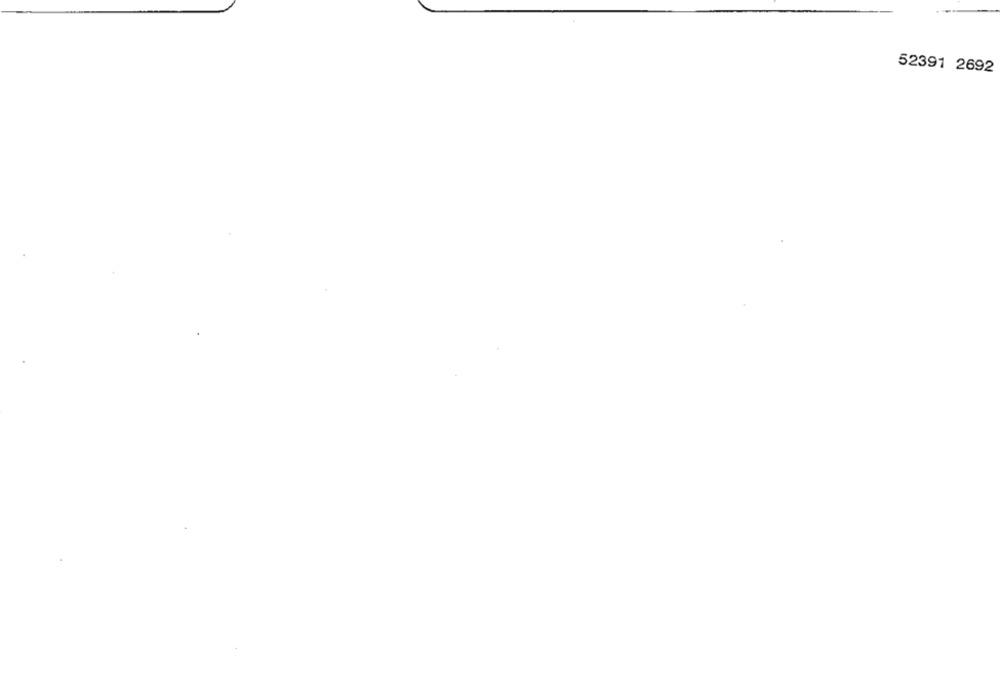
52391 2692